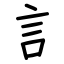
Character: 訁